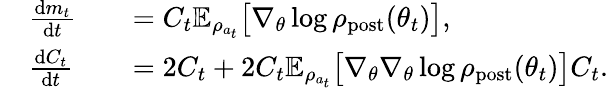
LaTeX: \begin{array}{rlrl}&{\frac{\mathrm{d}m_{t}}{\mathrm{d}t}}&&{=C_{t}\mathbb{E}_{\rho_{a_{t}}}\bigl[\nabla_{\theta}\log\rho_{\mathrm{post}}(\theta_{t})\bigr],}\\ &{\frac{\mathrm{d}C_{t}}{\mathrm{d}t}}&&{=2C_{t}+2C_{t}\mathbb{E}_{\rho_{a_{t}}}\bigl[\nabla_{\theta}\nabla_{\theta}\log\rho_{\mathrm{post}}(\theta_{t})\bigr]C_{t}.}\end{array}